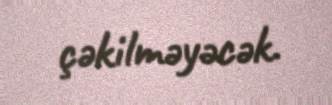
çəkilməyəcək.